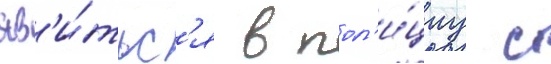
яв'и́тьс'я в пол'и́циу с